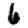
Digit: 6